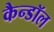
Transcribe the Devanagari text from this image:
कैन्डॉल